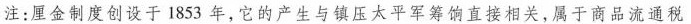
注：厘金制度创设于1835年，它的产生与镇压太平军筹饷直接相关，属于商品流通税